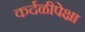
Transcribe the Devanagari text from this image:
कर्दळीपेक्षा